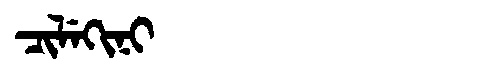
Manchu: ᠴᡳᠯᡝᡴᡳᠨᡳ
Romanization: CILEKINI